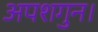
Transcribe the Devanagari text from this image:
अपशगुन।